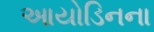
આયોડિનના